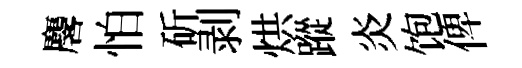
麐怕斫剥烘蹤炎饱俾